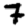
Digit: 7